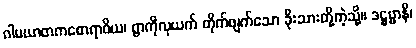
ဂါမဃာတကစောရာဝိယ၊ ရွာကိုလုယက် တိုက်ဖျက်သော ခိုးသားတို့ကဲ့သို့။ ဒဋ္ဌဗ္ဗာနိ၊